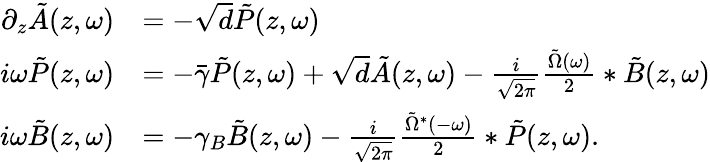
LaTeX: \begin{array}{rl}{\partial_{z}\tilde{A}(z,\omega)}&{=-\sqrt{d}\tilde{P}(z,\omega)}\\ {i\omega\tilde{P}(z,\omega)}&{=-\bar{\gamma}\tilde{P}(z,\omega)+\sqrt{d}\tilde{A}(z,\omega)-\frac{i}{\sqrt{2\pi}}\frac{\tilde{\Omega}(\omega)}{2}*\tilde{B}(z,\omega)}\\ {i\omega\tilde{B}(z,\omega)}&{=-\gamma_{B}\tilde{B}(z,\omega)-\frac{i}{\sqrt{2\pi}}\frac{\tilde{\Omega}^{*}(-\omega)}{2}*\tilde{P}(z,\omega).}\end{array}